On a parasite found in persons suffering from enlargement of the spleen in India - Number 15
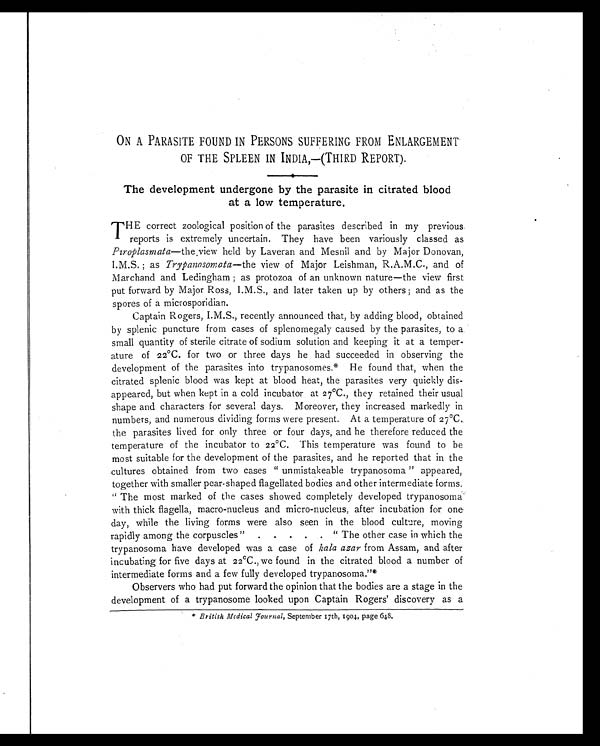
ON A PARASITE FOUND IN PERSONS SUFFERING FROM ENLARGEMENT
OF THE SPLEEN IN INDIA,—(THIRD REPORT).
The development undergone by the parasite in citrated blood
at a low temperature.
T HE correct zoological position of the parasites described in my previous
reports is extremely uncertain. They have been variously classed as
Piroplasmata—the view held by Laveran and Mesnil and by Major Donovan,
I.M.S. ; as Trypanosomata —the view of Major Leishman, R.A.M.C., and of
Marchand and Ledingham ; as protozoa of an unknown nature—the view first
put forward by Major Ross, I.M.S., and later taken up by others ; and as the
spores of a microsporidian.
Captain Rogers, I.M.S., recently announced that, by adding blood, obtained
by splenic puncture from cases of splenomegaly caused by the parasites, to a
small quantity of sterile citrate of sodium solution and keeping it at a temper-
ature of 22°C. for two or three days he had succeeded in observing the
development of the parasites into trypanosomes.* He found that, when the
citrated splenic blood was kept at blood heat, the parasites very quickly dis-
appeared, but when kept in a cold incubator at 27°C., they retained their usual
shape and characters for several days. Moreover, they increased markedly in
numbers, and numerous dividing forms were present. At a temperature of 27°C.
the parasites lived for only three or four days, and he therefore reduced the
temperature of the incubator to 22°C. This temperature was found to be
most suitable for the development of the parasites, and he reported that in the
cultures obtained from two cases "unmistakeable trypanosoma" appeared,
together with smaller pear-shaped flagellated bodies and other intermediate forms.
"The most marked of the cases showed completely developed trypanosoma
with thick flagella, macro-nucleus and micro-nucleus, after incubation for one
day, while the living forms were also seen in the blood culture, moving
rapidly among the corpuscles" . . . . . "The other case in which the
trypanosoma have developed was a case of kala azar from Assam, and after
incubating for five days at 22°C., we found in the citrated blood a number of
intermediate forms and a few fully developed trypanosoma."*
Observers who had put forward the opinion that the bodies are a stage in the
development of a trypanosome looked upon Captain Rogers' discovery as a
* British Medical Journal, September 17th, 1904, page 648.